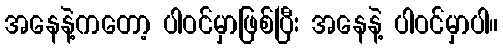
အနေနဲ့ကတော့ ပါဝင်မှာဖြစ်ပြီး အနေနဲ့ ပါဝင်မှာပါ။